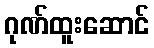
ဂုဏ်ထူးဆောင်